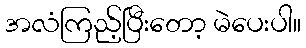
အလံကြည့်ပြီးတော့ မဲပေးပါ။